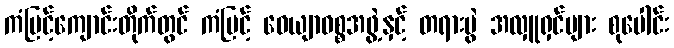
ကံမြင့်ကျောင်းတိုက်တွင် ကံမြင့် ဝေယျာဝစ္စအဖွဲ့နှင့် တရားပွဲ အလှူရှင်များ စုပေါင်း